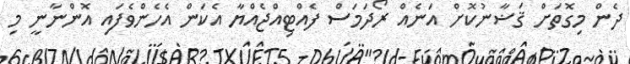
ދެން މިގޮތަށް ޤަޟާނުކޮށް އަނެއް ރޯދަމަސް ފެއްޓިއްޖެއްޔާ އެކަން އެހެންވެފައި އޮންނާނީ މި